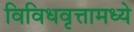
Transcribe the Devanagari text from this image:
विविधवृत्तामध्ये